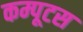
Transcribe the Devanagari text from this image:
कम्पूटस